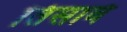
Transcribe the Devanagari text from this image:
तिसावे